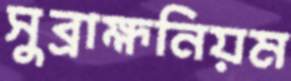
সুব্রাহ্মনিয়ম